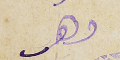
ضاهر